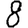
Digit: 8